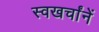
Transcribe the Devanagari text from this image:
स्वखर्चांनें